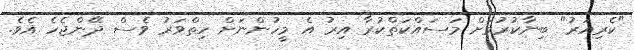
"ކެރިއަރު" ބިނާކުރުމަށް މަސައްކަތްކުރާ އިރު އެ މީހުންނަށް ހިތްވަރު ވެސް ދޭންޖެހެ އެވެ.